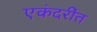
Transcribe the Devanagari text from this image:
एकंदरींत